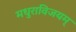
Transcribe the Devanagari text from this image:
मधुराविजयम्